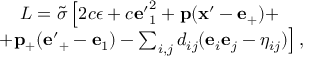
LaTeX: \begin{array} { c } { { L = { \tilde { \sigma } } \left[ 2 c \epsilon + c { \bf e ^ { \prime } } _ { 1 } ^ { 2 } + { \bf p } ( { \bf x ^ { \prime } } - { \bf e } _ { + } ) + \right. } } \\ { { \left. + { \bf p } _ { + } ( { \bf e ^ { \prime } } _ { + } - { \bf e } _ { 1 } ) - \sum _ { i , j } d _ { i j } ( { \bf e } _ { i } { \bf e } _ { j } - \eta _ { i j } ) \right] , } } \end{array}